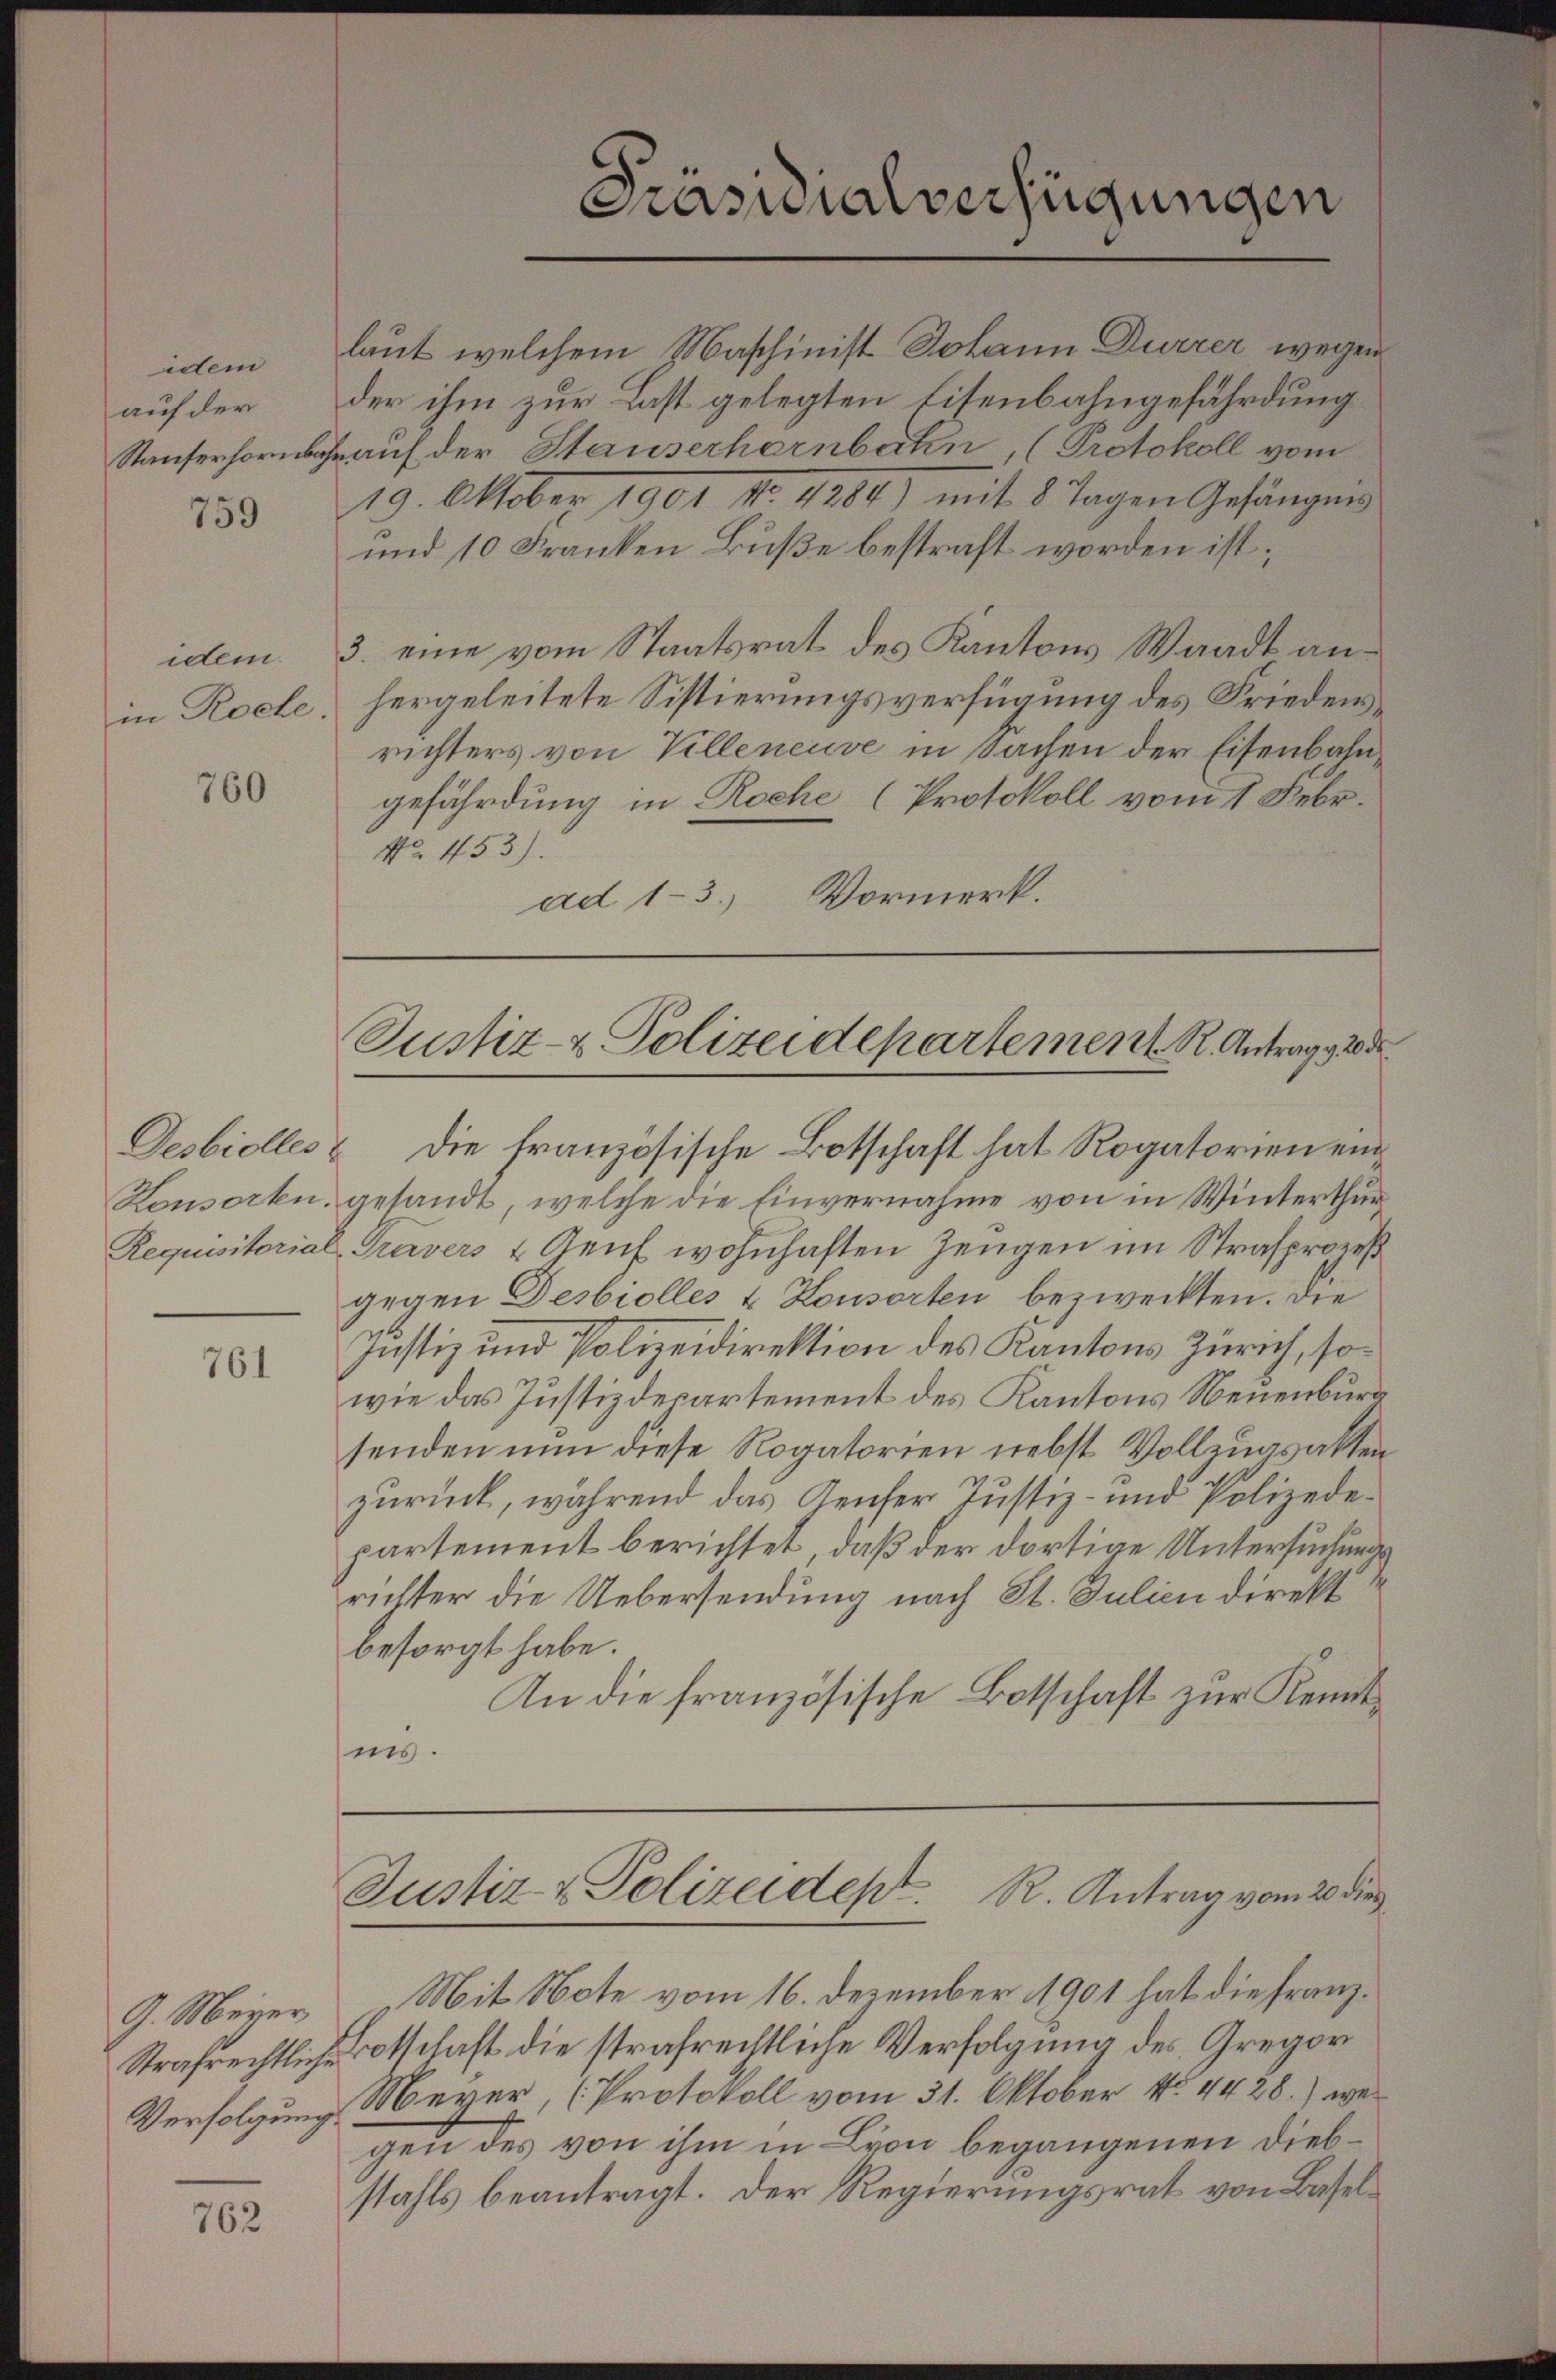
idem
auf der
Stauferhornba

759

idem.

760

761

G. Meyer
Verfolgungs

762

Präsidialverfügungen

laut welchem Maschinist Johann Durrer wegen
der ihm zur Last gelegten Eisenbahngefährdung
Trauf der Stauserharnbahn, (Protokoll vom
19. Oktober 1901 No. 1880 mit 8 Tagen Gefängens
und 10 Franken Buße bestraft worden ist;
3. eine vom Staatsrat des Kantons Waadt anin Roche, hergeleitete Sistierungsverfügung des Friedensrichters von Villeneuve in Sachen der Eisenbahngefährdung in Roche (Protokoll vom 1 Febr.
No. 453).
ad 1-3.) Vormerk.

Justiz- & Polizeidepartement. R. Antrag 200

Desbiolles & die französische Botschaft hat Rogatorien ein¬
Konsorkn. gesandt, welche die Einvernahme von in Winterthur
Requisitorial Travers & Genf wohnhaften Zeugen im Strafprozeß
gegen Desbiolles & Konsorten bezweckten. Die
Justiz und Polizeidirektion des Kantons Zürich, sowie das Justizdepartement des Kantons Neuenburg
senden nun diese Rogatorien nebst Vollzugsakten
zurück, während das Gericher Justiz- und Polizedepartement berichtet, daß der dortige Untersuchungsrichter die Uebersendung nach St. Julien direkt
besorgt habe.
An die französische Botschaft zur Kenntmis.

Justiz- & Polizeidept R. Antrag vom 20. die

Mit Note vom 16. Dezember 1901 hat die Franz¬
Strafrechtlich-Botschaft die strafrechtliche Verfolgung des Gregor
Meyer, (Protokoll vom 31. Oktober No. 4428.) wei
gen des von ihm in Lyon begangenen Diebstahls beantragt. Der Regierungsrat von Basel¬